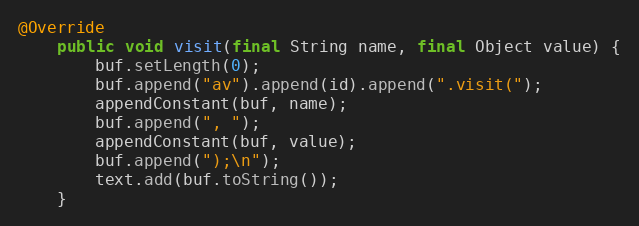
Language: Java
@Override
    public void visit(final String name, final Object value) {
        buf.setLength(0);
        buf.append("av").append(id).append(".visit(");
        appendConstant(buf, name);
        buf.append(", ");
        appendConstant(buf, value);
        buf.append(");\n");
        text.add(buf.toString());
    }